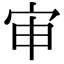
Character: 审